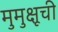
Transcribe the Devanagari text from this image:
मुमुक्षूची